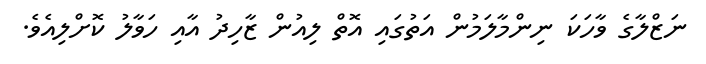
ނަޒްލާގެ ވާހަކަ ނިންމާލަމުން އަތުގައި އޮތް ލިއުން ޒާހިދު އާއި ހަވާލު ކޮށްލިއެވެ.